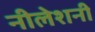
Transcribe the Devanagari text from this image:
नीलेशनी